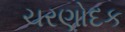
ચરણોદક